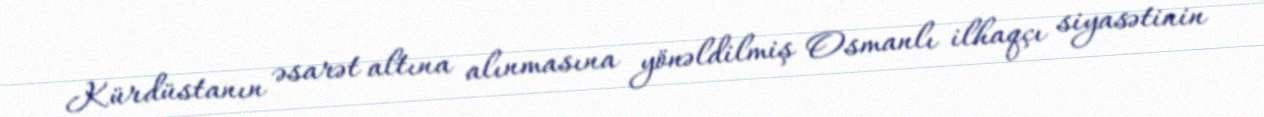
Kürdüstanın əsarət altına alınmasına yönəldilmiş Osmanlı ilhaqçı siyasətinin